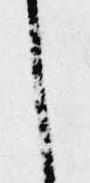
し